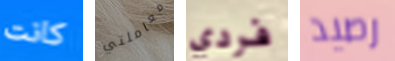
كانت معاملتي فردي رصيد